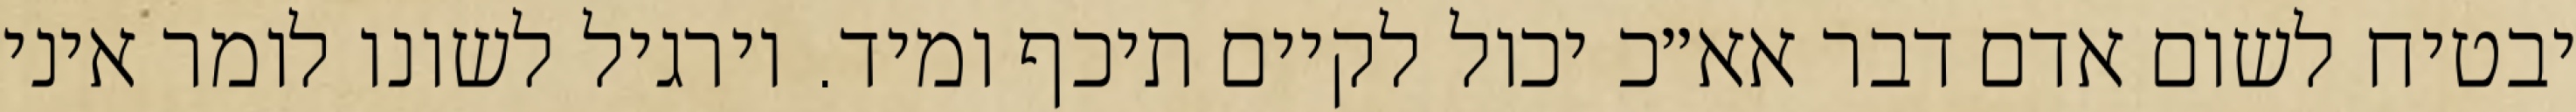
יבטיח לשום אדם דבר אא״כ יכול לקיים תיכף ומיד. וירגיל לשונו לומר איני